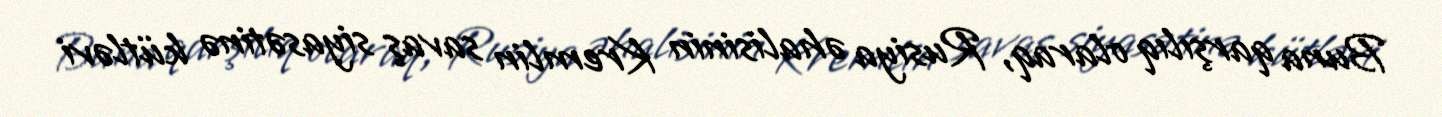
Buna qarşılıq olaraq, Rusiya əhalisinin Kremlin savaş siyasətinə kütləvi